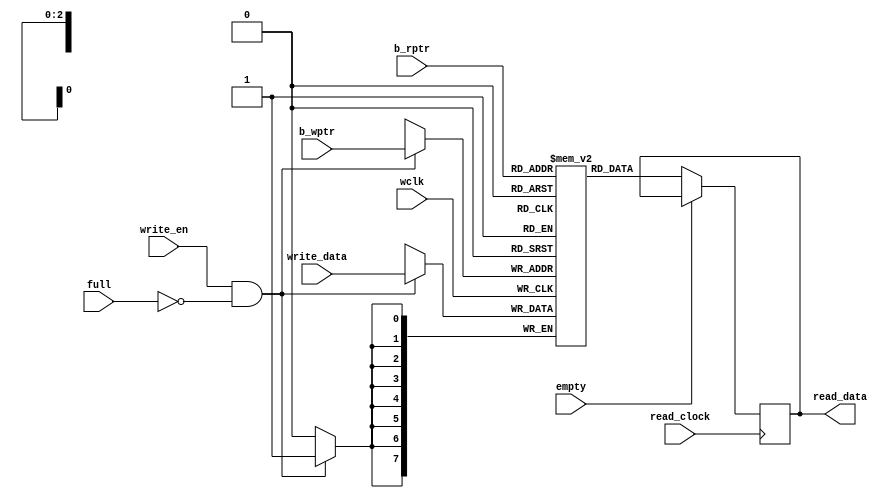
module MEMORY #(parameter DEPTH=8, DATA_WIDTH=8, PTR_WIDTH=3) (
  input wclk, write_en, read_clock,
  input [PTR_WIDTH-1:0] b_wptr, b_rptr,
  input [DATA_WIDTH-1:0] write_data,
  input full, empty,
  output reg [DATA_WIDTH-1:0] read_data
);

  reg [DATA_WIDTH-1:0] fifo[0:DEPTH-1];
  
  always@(posedge wclk) begin
    if(write_en & !full) begin
      fifo[b_wptr[PTR_WIDTH-1:0]] <= write_data;
    end
  end
  
  always@(posedge read_clock) begin
    if(!empty) begin
      read_data <= fifo[b_rptr[PTR_WIDTH-1:0]];
    end
  end
  
  
endmodule